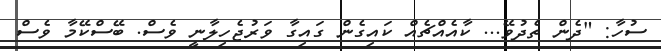
ސުހާ: "ދެން ތެދުވޭ... ކާއެއްޗެއް ކައިގެން ގައިގާ ވަރުޖެހިލާނީ ވެސް. ބޭސްކޭމާ ވެސް